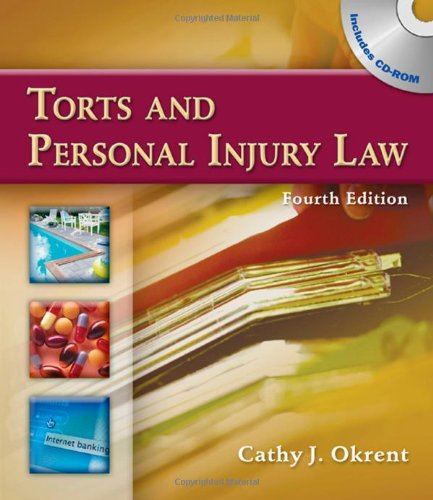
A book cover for Torts and Personal Injury Law; Cathy Okrent; Law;